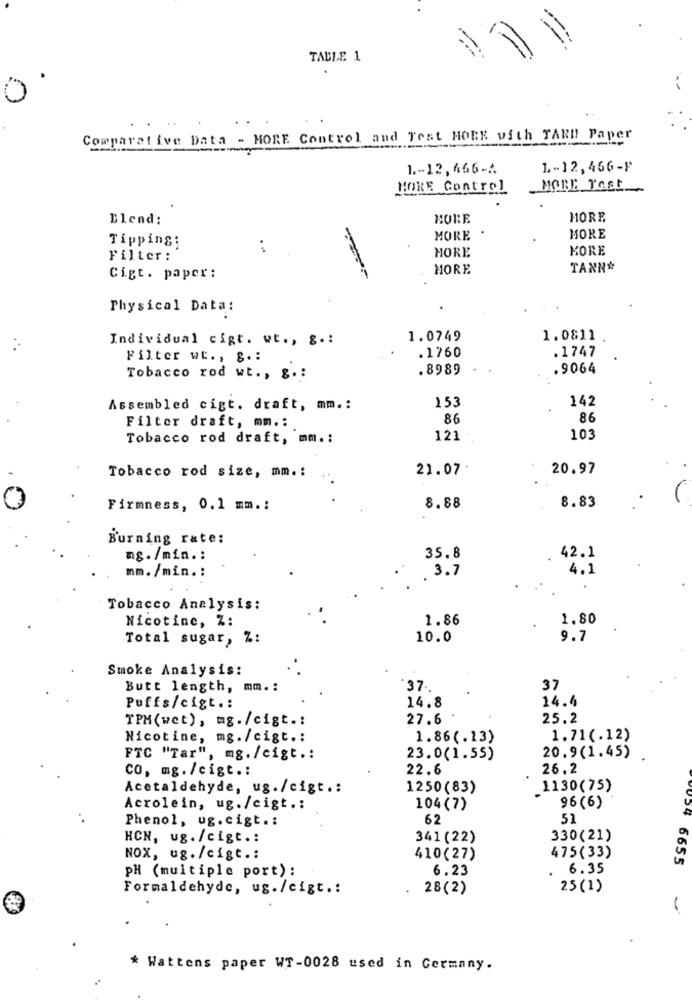
TABLE 1
0
Comparative Data - MORE Control and Test HORK with TARD Paper
1 .- 12, 466-A
1-12, 466-F
HOKE Control
MORE TOst
Blend:
BORE
MORE
MORE
MORE
Tipping;
. ..
KORE
Filter:
HORE
MORE
TANN'
Cigt. paper:
Physical Data:
Individual cigt. wt ., g .:
1.0749
1.0811
..
.1760
.1747
Filter wt ., g .:
. 8989
.9064
Tobacco rod wt ., g .:
153
142
Assembled cigt. draft, mm .:
86
86
Filter draft, mm .:
Tobacco rod draft, mm .:
121
103
21.07
20.97
Tobacco rod size, mm .:
8.83
Firmness, 0.1 mm .:
8.88
Burning rate:
ng./min .:
35.8
42.1
mm. /min .:
3.7
4.1
Tobacco Analysis:
Nicotine, Z:
1.86
1.80
Total sugar, %:
10.0
9.7
Smoke Analysis:
Butt length, mm .:
37 ..
37
14.4
Puffs/cigt .:
14.8
TPM(wet), mg./cigt .:
27.6
25.2
Nicotine, mg./cigt .:
1.86(.13)
1.71(.12)
FTC "Tar", mg./cigt .:
23.0(1.55)
20.9(1.45)
CO, mg./cigt .:
22.6
26.2
Acetaldehyde, ug./cigt .:
1250(83)
.1130 (75)
Acrolein, ug. /cigt .:
104(7)
96(6)
Phenol, ug.cigt .:
62
51
HCN, ug. /cigt .:
341 (22)
330(21)
NOX, ug. /cigt .:
410(27)
475(33)
6655
PH (multiple port) :
6.23
6.35
Formaldehyde, ug./cigt .:
28(2)
25(1)
* Wattens paper WT-0028 used in Germany.